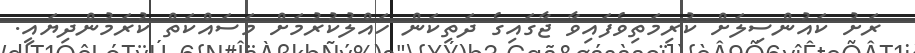
ރަށު ކައުންސިލަށް ކުރިމަތިވެފައިވާ ޖާގައިގެ ދަތިކަން ހައްލުކުރުމަށް މަސައްކަތް ކުރަމުންދިޔައީ.